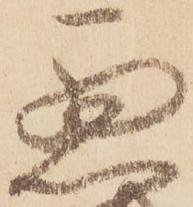
悪